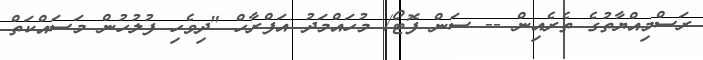
ރަސްމިއްޔާތުގެ ތެރެއިން -- ސަން ފޮޓޯ/ މުހައްމަދު އަފްރާހް "ދިވެހި ފުލުހުން މަސައްކަތް